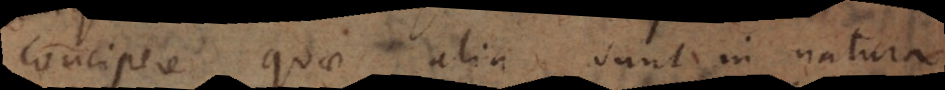
concipere quae alia sunt in natura